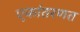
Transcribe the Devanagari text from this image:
एकांतरणत